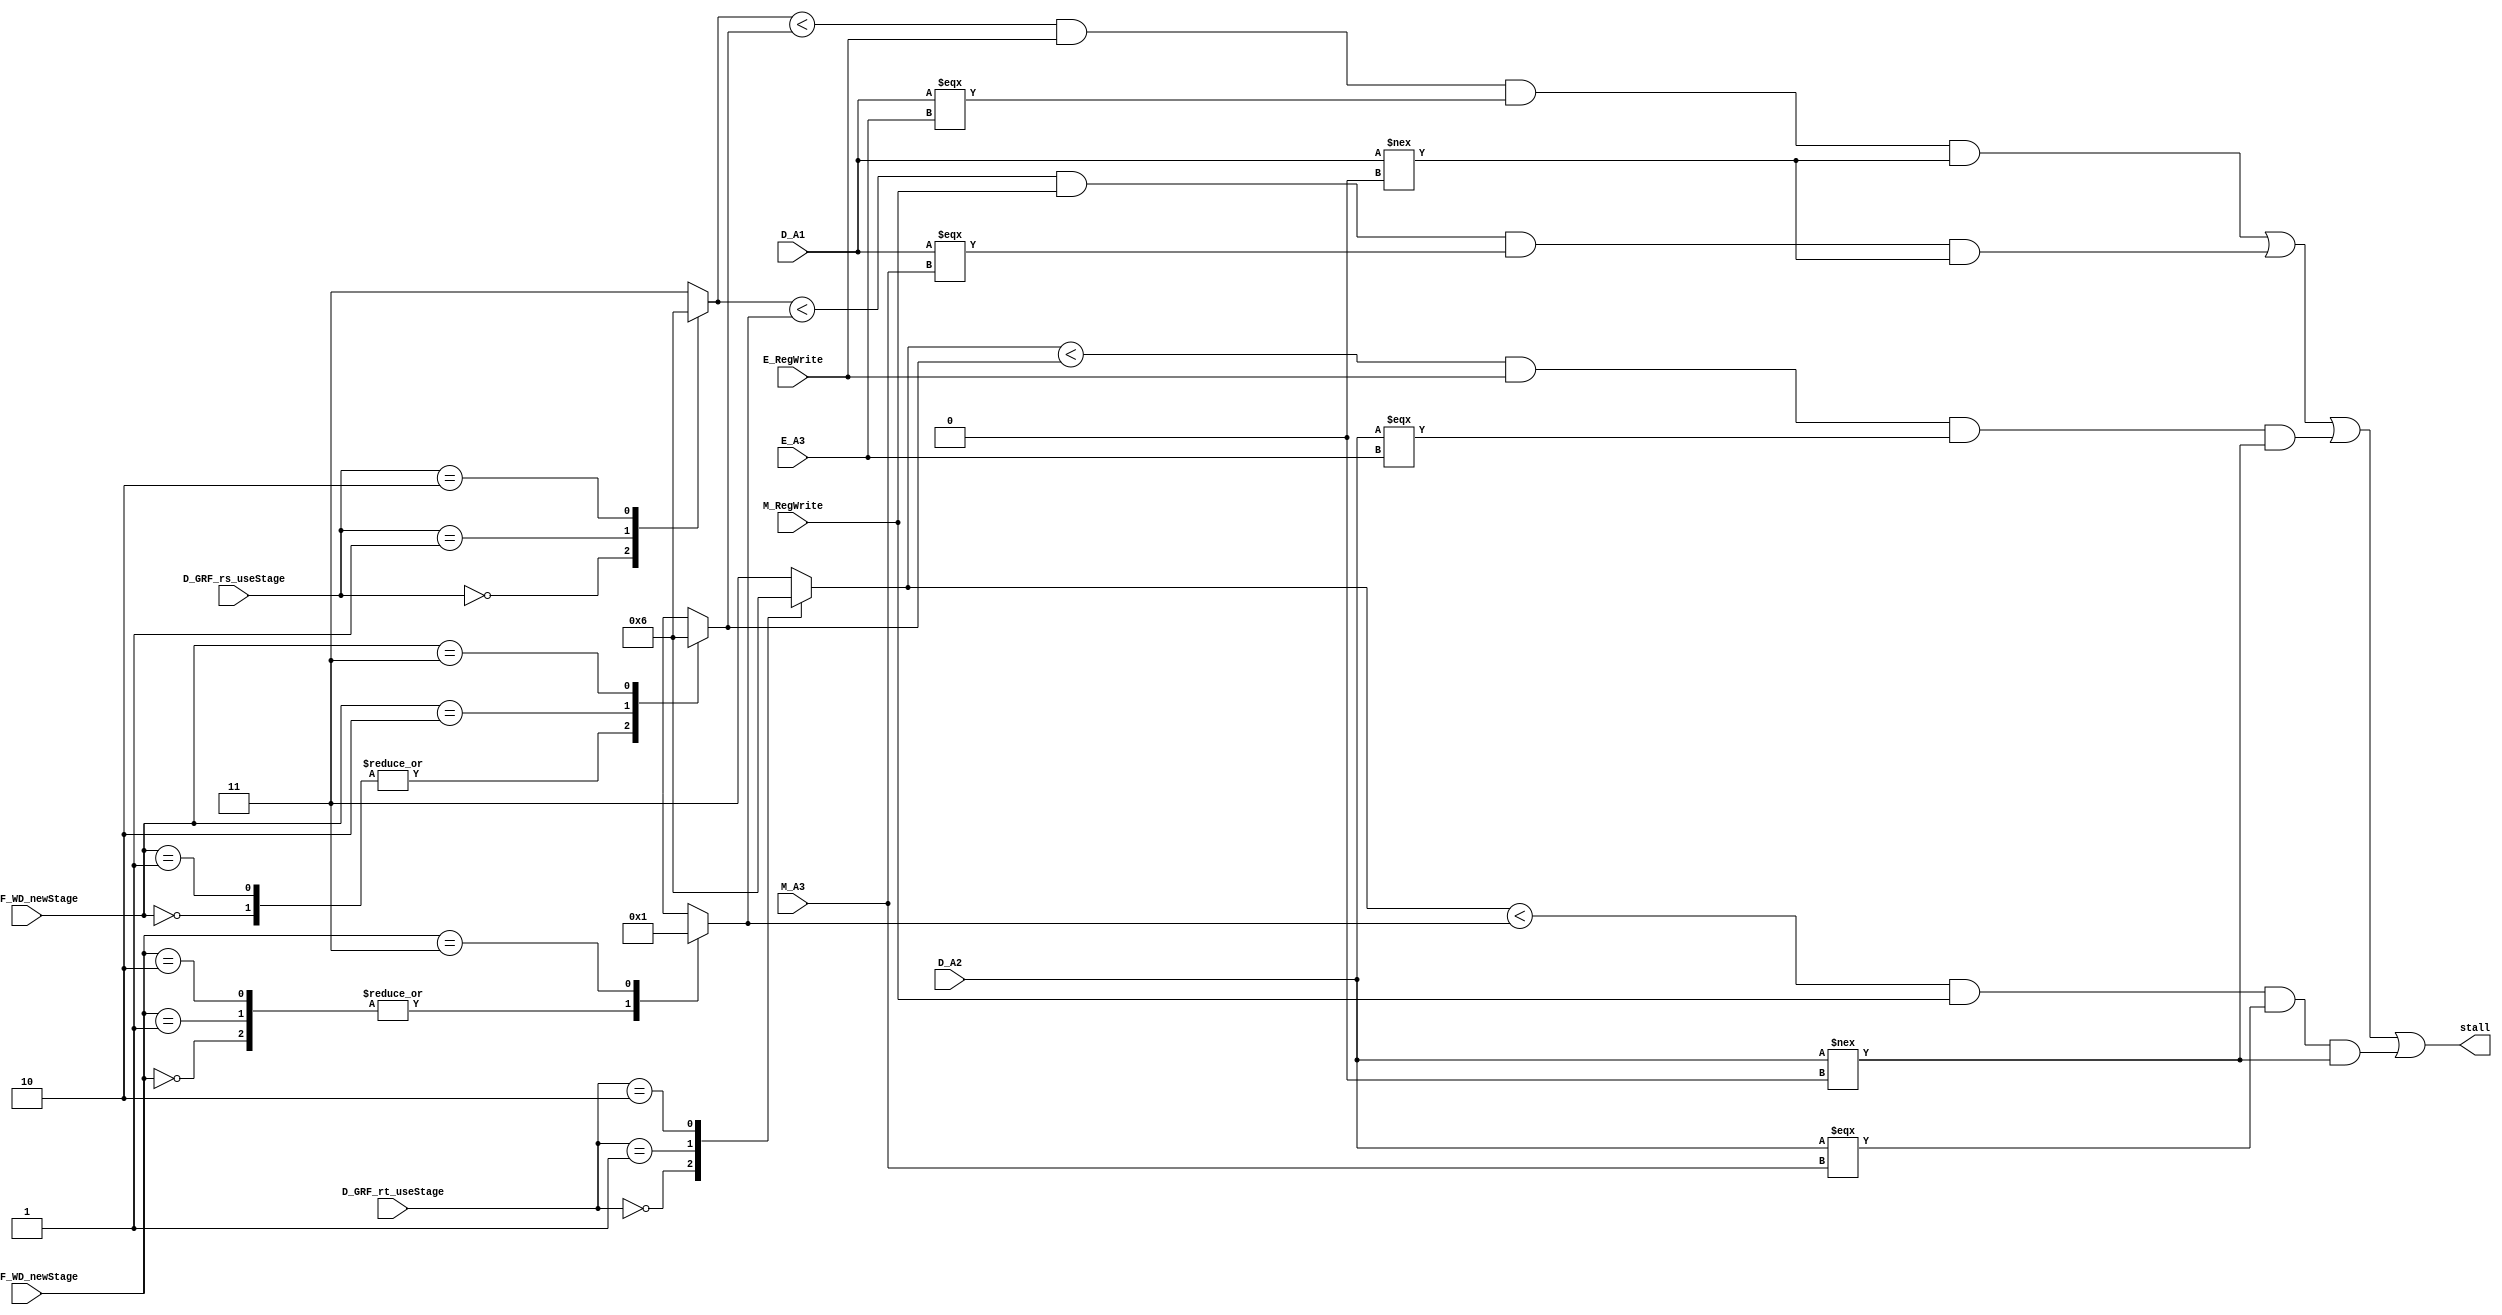
module STALLCONTROL(
    input [1:0] D_GRF_rs_useStage, 
    input [1:0] D_GRF_rt_useStage, 
    input [1:0] E_GRF_WD_newStage, 
    input [1:0] M_GRF_WD_newStage, 
	input [4:0] D_A1, 
    input [4:0] D_A2, 
    input [4:0] E_A3, 
    input E_RegWrite, 
    input [4:0] M_A3, 
    input M_RegWrite,
	output stall);

    parameter D_Stage = 2'b00, E_Stage = 2'b01, M_Stage = 2'b10, W_Stage = 2'b11, Non_Stage = 2'b11;

    wire stall_E_rs, stall_M_rs, stall_E_rt, stall_M_rt;
    wire stall_E_rs_unknownAddr, stall_E_rt_unknownAddr, stall_M_rs_unknownAddr, stall_M_rt_unknownAddr;
    reg [1:0] D_GRF_rs_Tuse, D_GRF_rt_Tuse, E_GRF_WD_Tnew, M_GRF_WD_Tnew;
	 
    assign stall = stall_E_rs | stall_M_rs | stall_E_rt | stall_M_rt | stall_E_rs_unknownAddr | stall_E_rt_unknownAddr | stall_M_rs_unknownAddr | stall_M_rt_unknownAddr;
    assign stall_E_rs = ((D_GRF_rs_Tuse < E_GRF_WD_Tnew) & E_RegWrite & (D_A1 === E_A3) & (D_A1 !== 5'h0));
    assign stall_M_rs = ((D_GRF_rs_Tuse < M_GRF_WD_Tnew) & M_RegWrite & (D_A1 === M_A3) & (D_A1 !== 5'h0));
    assign stall_E_rt = ((D_GRF_rt_Tuse < E_GRF_WD_Tnew) & E_RegWrite & (D_A2 === E_A3) & (D_A2 !== 5'h0));
    assign stall_M_rt = ((D_GRF_rt_Tuse < M_GRF_WD_Tnew) & M_RegWrite & (D_A2 === M_A3) & (D_A2 !== 5'h0));
    assign stall_E_rs_unknownAddr = 1'b0;
    assign stall_E_rt_unknownAddr = 1'b0;
    assign stall_M_rs_unknownAddr = 1'b0;
    assign stall_M_rt_unknownAddr = 1'b0;

    always @(*) begin
       case (D_GRF_rs_useStage)
           D_Stage: D_GRF_rs_Tuse = 0;
           E_Stage: D_GRF_rs_Tuse = 1;
           M_Stage: D_GRF_rs_Tuse = 2;
           default: D_GRF_rs_Tuse = 3;
       endcase 
    end

    always @(*) begin
       case (D_GRF_rt_useStage)
           D_Stage: D_GRF_rt_Tuse = 0;
           E_Stage: D_GRF_rt_Tuse = 1;
           M_Stage: D_GRF_rt_Tuse = 2;
           default: D_GRF_rt_Tuse = 3;
       endcase 
    end

    always @(*) begin
       case (E_GRF_WD_newStage)
           D_Stage: E_GRF_WD_Tnew = 0;
           E_Stage: E_GRF_WD_Tnew = 0;
           M_Stage: E_GRF_WD_Tnew = 1;
           W_Stage: E_GRF_WD_Tnew = 2;
       endcase 
    end

    always @(*) begin
       case (M_GRF_WD_newStage)
           D_Stage: M_GRF_WD_Tnew = 0;
           E_Stage: M_GRF_WD_Tnew = 0;
           M_Stage: M_GRF_WD_Tnew = 0;
           W_Stage: M_GRF_WD_Tnew = 1;
       endcase 
    end

    
endmodule